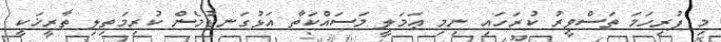
މި ފުރިހަމަ ތަސްވީރު ކުރަހައި ނިމި ޢަމަލީ މަސައްކަތާ އަޅުގަނޑުމެން ކުރިމަތިލި ތާރީޚަކީ